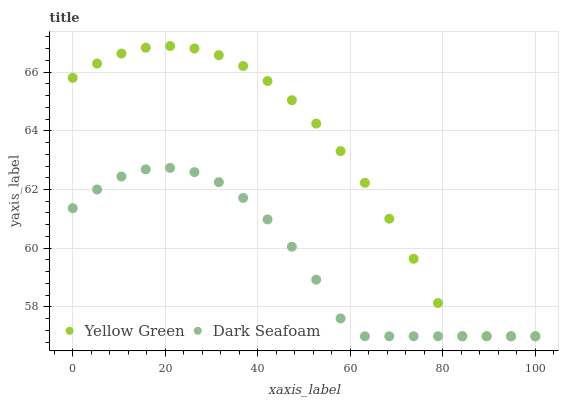
| xaxis_label | Yellow Green | Dark Seafoam |
 | --- | --- | --- |
 | 0 | 65.8 | 61.4 |
 | 5.26 | 66.3 | 62 |
 | 10.5 | 66.6 | 62.4 |
 | 15.8 | 66.8 | 62.7 |
 | 21.1 | 66.9 | 62.7 |
 | 26.3 | 66.8 | 62.6 |
 | 31.6 | 66.6 | 62.2 |
 | 36.8 | 66.2 | 61.7 |
 | 42.1 | 65.7 | 61 |
 | 47.4 | 65 | 60.1 |
 | 52.6 | 64.2 | 58.9 |
 | 57.9 | 63.3 | 57.6 |
 | 63.2 | 62.2 | 57 |
 | 68.4 | 61 | 57 |
 | 73.7 | 59.6 | 57 |
 | 78.9 | 58.1 | 57 |
 | 84.2 | 57 | 57 |
 | 89.5 | 57 | 57 |
 | 94.7 | 57 | 57 |
 | 100 | 57 | 57 |